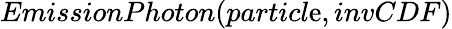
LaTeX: EmissionPhoton(particl\mathrm{e},invCDF)